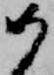
如